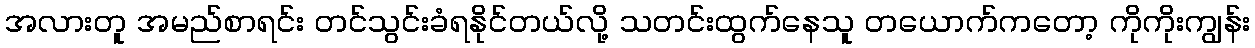
အလားတူ အမည်စာရင်း တင်သွင်းခံရနိုင်တယ်လို့ သတင်းထွက်နေသူ တယောက်ကတော့ ကိုကိုးကျွန်း